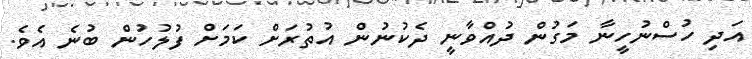
އަދި ހުސްނުހީނާ މަގުން ދުއްވާނީ ދެކުނުން އުތުރަށް ކަމަށް ފުލުހުން ބުނެ އެވެ.